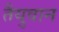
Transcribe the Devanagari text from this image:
तैयुवान